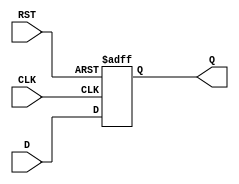
module stage_register #(
    parameter DATA_WIDTH = 8  // Parameter to define the width of the data input
)(
    input  wire [DATA_WIDTH-1:0] D,   // Data input
    input  wire CLK,                   // Clock signal
    input  wire RST,                   // Reset signal
    output reg  [DATA_WIDTH-1:0] Q     // Data output
);

// Always block for synchronous behavior
always @(posedge CLK or posedge RST) begin
    if (RST) begin
        Q <= {DATA_WIDTH{1'b0}};  // Reset output to zero
    end else begin
        Q <= D;                   // Capture input data on clock edge
    end
end

endmodule